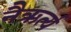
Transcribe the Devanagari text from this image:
नैऋर्त्य